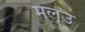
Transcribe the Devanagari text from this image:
मलूउ